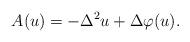
LaTeX: \begin{align*}A(u) = - \Delta^2 u + \Delta \varphi(u).\end{align*}